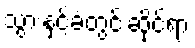
သွားနှင့်ခံတွင်းဆိုင်ရာ